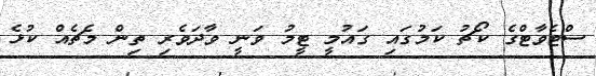
ސްޓެވާޓްގެ ކޯޗު ކަމުގައި ގައުމީ ޓީމު ވަނީ ވާދަވެރި ތިން މެޗެއް ކުޅެ